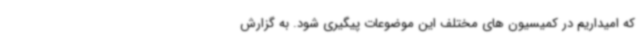
که امیداریم در کمیسیون های مختلف این موضوعات پیگیری شود. به گزارش